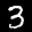
Label: 3